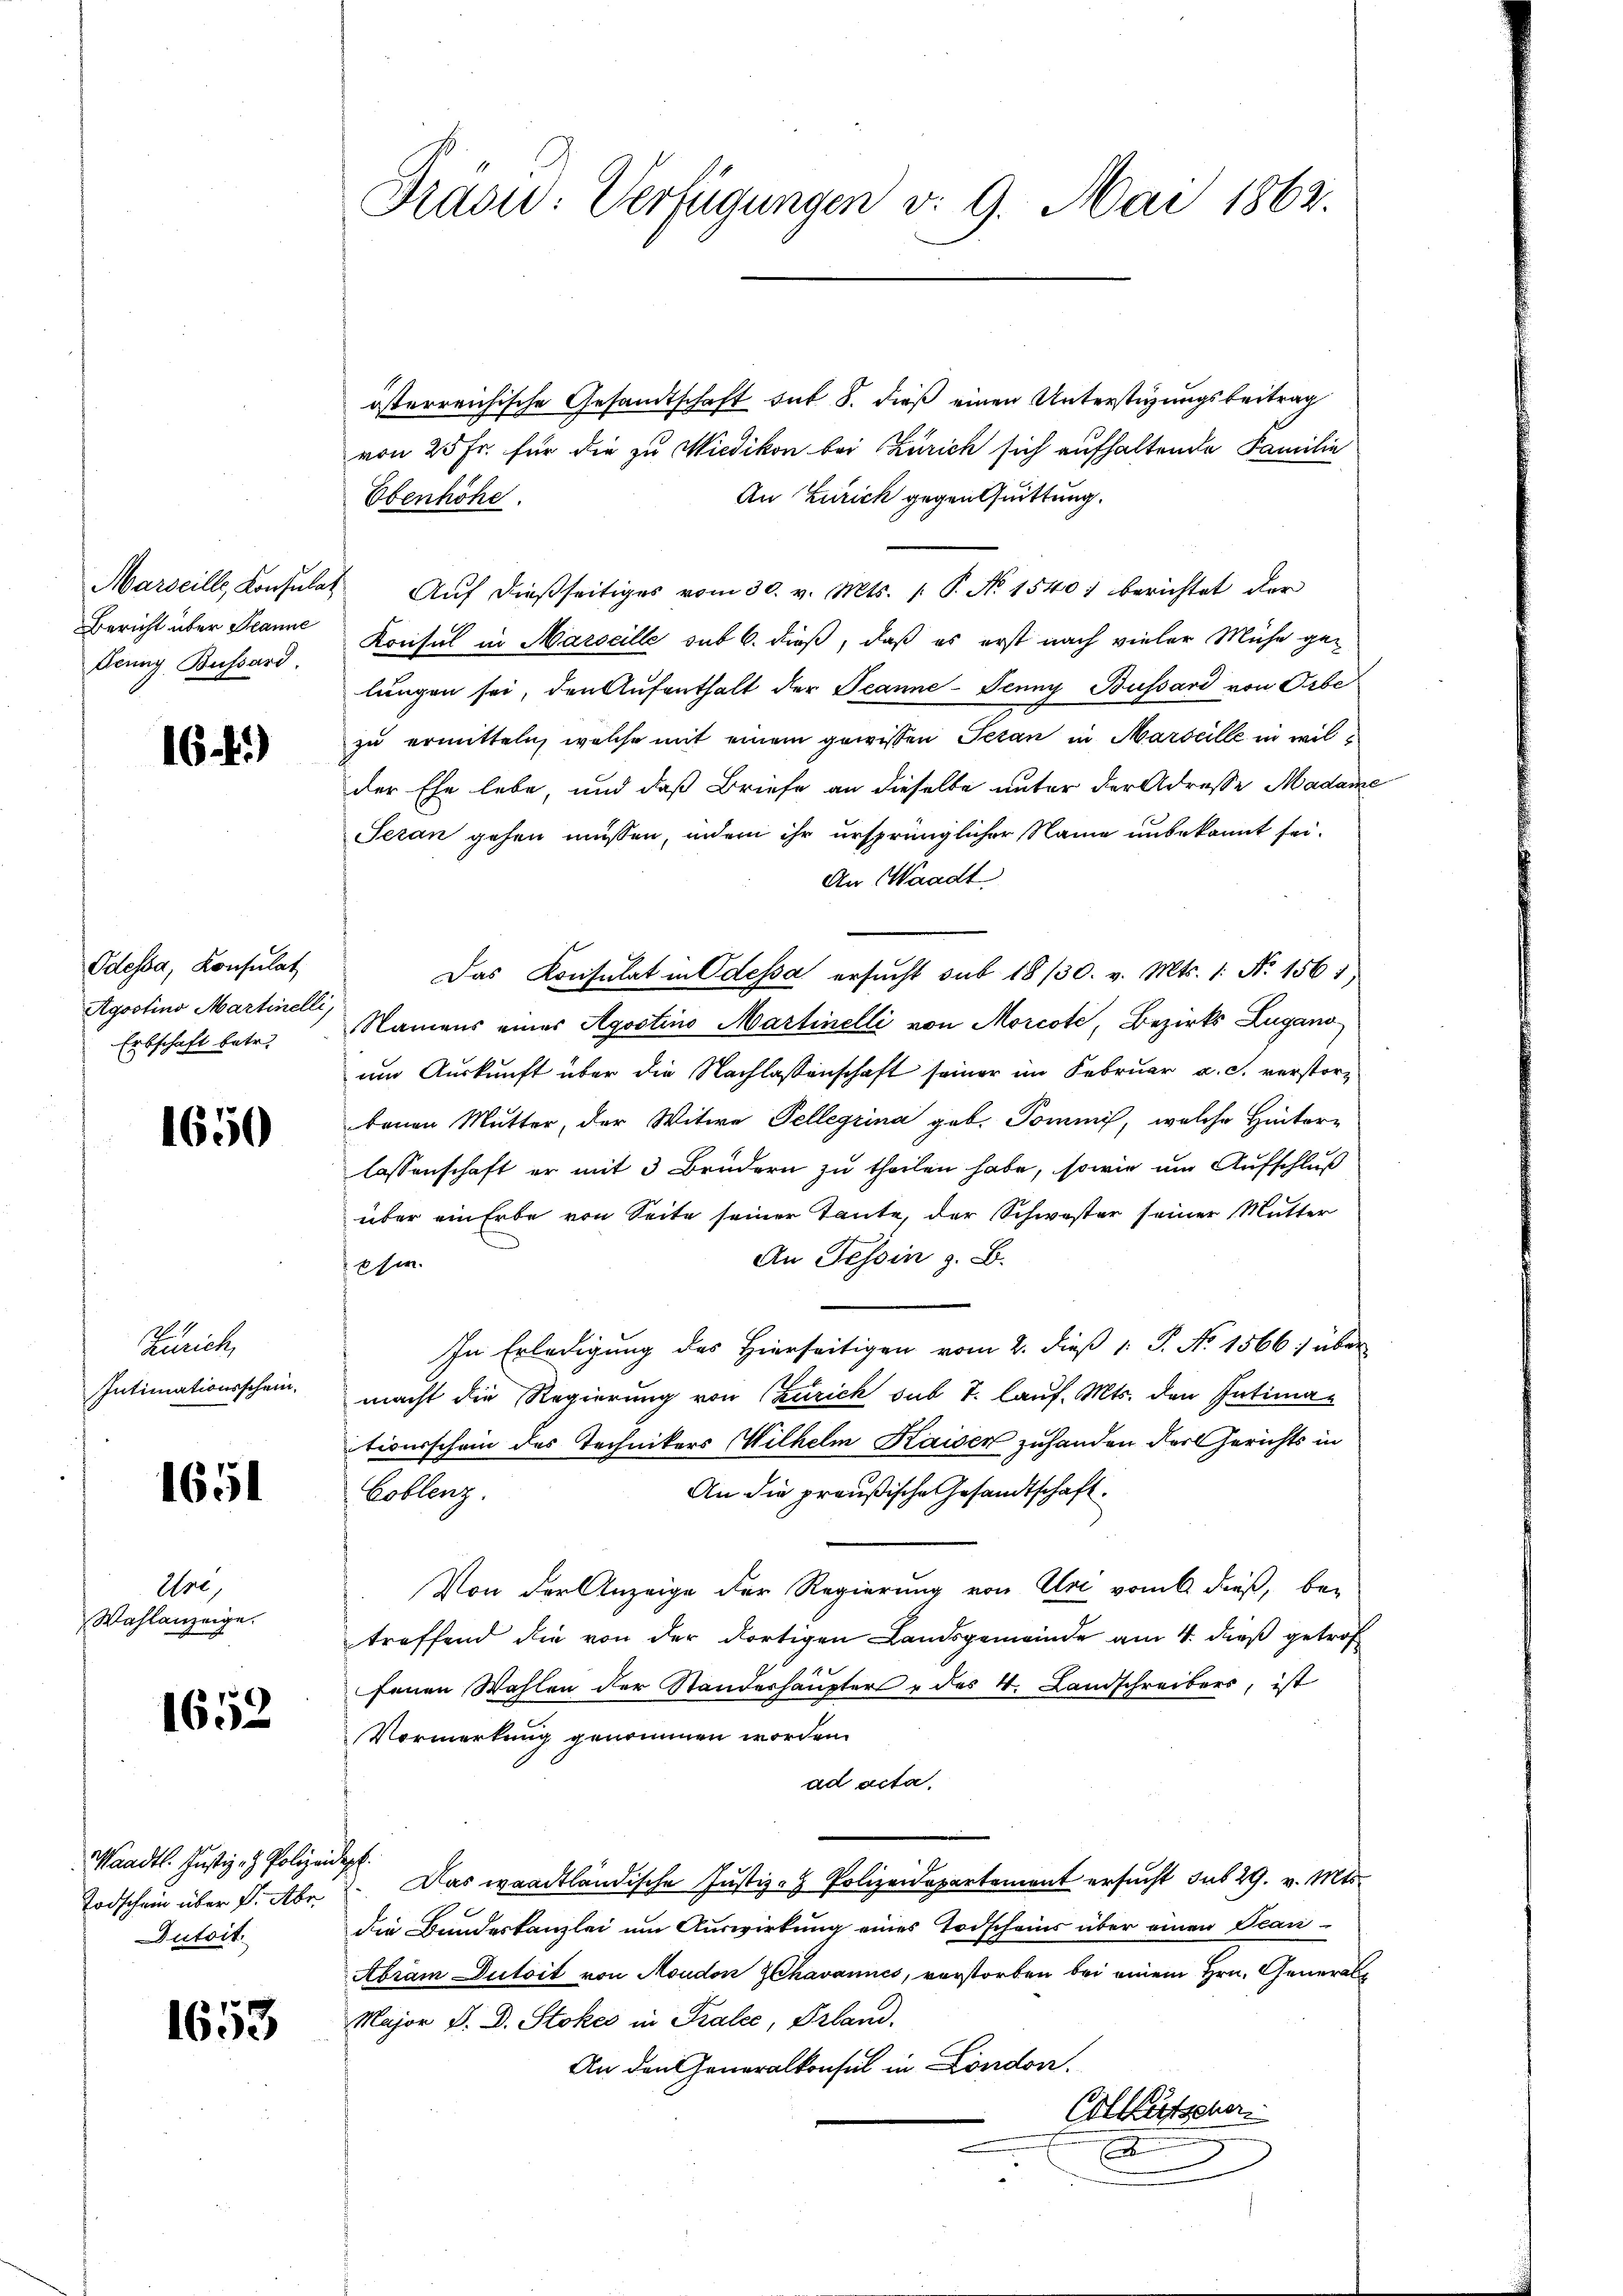
Aeung Bussard.

16 f.)

Odessa, Konsulat
Agostino Martinelli,
Erbschaft betr.

1650

Zürich,
Intimationsschein,

1651

Are,
Wahlanzeige.

1652

Waadt. Justiz- & Polizeidept.
Dutoit.

1653

österreichische Gesandtschaft sub 8. dieß einen Unterstüzungsbeitrag
von 25 Fr. für die zu Wiedikon bei Zürich sich aufhaltende Familie
An Zürich gegen Quittung.
Übenhöhe.
Marseille, Konsulat Aŭf dießseitiges vom 30. v. Mts. (: P. No 1540) berichtet der
Bericht über Planne Konsul in Marseille sub 6. dieß, daß es erst nach vieler Mühe gelungen sei, den Aufenthalt der Jeanne-Jenny Büssard von Orbe
zu ermitteln, welche mit einem gewissen Teran in Marseille in wilder Ehe lebe, und daß Briefe an dieselbe unter der Adresse Madame
Seran gehen müssen, indem ihr ursprünglicher Name unbekannt sei.
An Waadt
Das Konsulat in Odessa ersucht sub 18/30. v. Mts. 1. No. 1561.
Namens eines Agostino Martinelli von Morcote, Bezirks Lugano-
um Auskunft über die Nachlassenschaft seiner im Februar a. c. verstore
bauen Mutter, der Witwe Pellerina geb. Tommis, welche Hinter-
lassenschaft er mit 3 Brüdern zu theilen habe, sowie um Aufschluß
über ein Erbe von Seite seiner Tante, der Schwester seiner Mutter
An Tessin z. B.
 sie
In Erledigung des Hierseitigen vom 2. dieß 1 S. No 1566) über
macht die Regierung von (Zürich sub T. lauf. Mts. den Intimationsschein des Technikers Wilhelm Kaisen zuhanden der Gerichts in
An die preußische Gesandtschaft.
Coblenz
Von der Anzeige der Regierung von Uri vom 6. dieß, betreffend die von der dortigen Landsgemeinde am 4. dieß getrof
fenen Wahlen der Standerhaupter & des 4. Landschreibers, ist
Vormerkung genommen worden.
ad acta.
Todschein über d. Abe. Das waadtländische Justiz- & Polizeidepartement ersucht sub 29. v. Mts.
die Bundeskanzlei um Auswirkung eines Todscheins über einen Ocan-
Abram Dutoit von Moudon Chavannes, vorstorben bei einem Hrn. General¬
Major D. D. Stokes in Paler, Prland.
An den Generalkonsul in London.
Glitscher
x

Frasur: Verfügungen v. 9. Mai 1862.